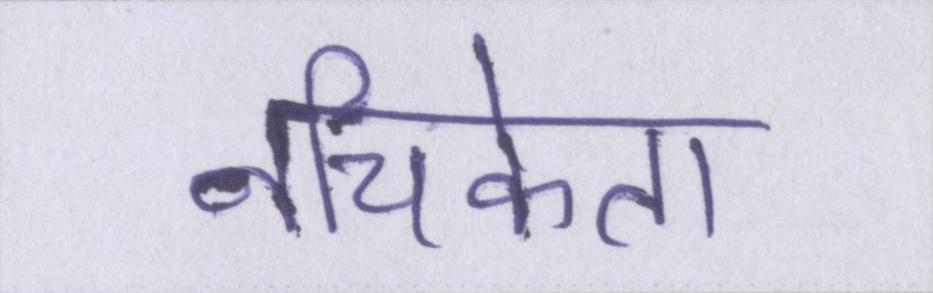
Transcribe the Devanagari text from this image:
नचिकेता